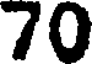
70